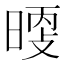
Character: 𰖖